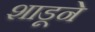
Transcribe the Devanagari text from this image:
शाडूने